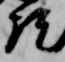
然